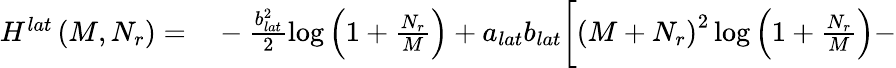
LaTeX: \begin{array}{rl}{H^{lat}\left(M,N_{r}\right)=}&{{}-\frac{b_{lat}^{2}}{2}\log\left(1+\frac{N_{r}}{M}\right)+a_{lat}b_{lat}\bigg[\left(M+N_{r}\right)^{2}\log\left(1+\frac{N_{r}}{M}\right)-}\end{array}